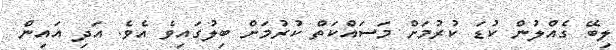
ލިބޭ ގެއްލުން ކުޑަ ކުރުމަށް މަސައްކަތް ކުރުމަށް ބިލުގައިވެ އެވެ. އަދި އައިން